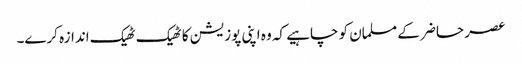
عصر حاضر کے مسلمان کو چاہیے کہ وہ اپنی پوزیشن کا ٹھیک ٹھیک اندازہ کرے۔